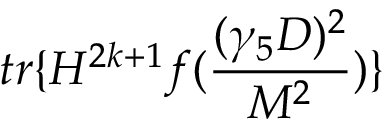
t r \{ H ^ { 2 k + 1 } f ( \frac { ( \gamma _ { 5 } D ) ^ { 2 } } { M ^ { 2 } } ) \}